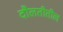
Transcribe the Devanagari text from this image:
दौलतीतील